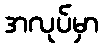
အလုပ်မှာ